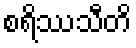
စရိဿသီတိ